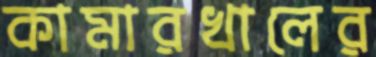
কামারখালের